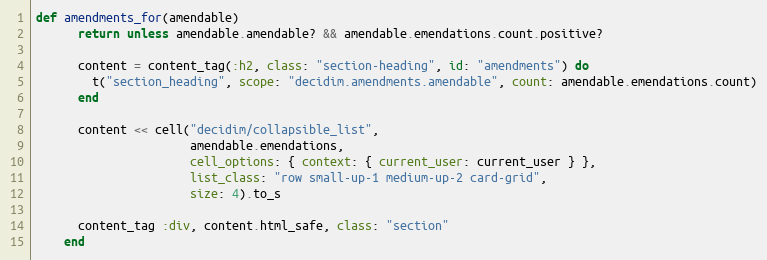
Language: Ruby
def amendments_for(amendable)
      return unless amendable.amendable? && amendable.emendations.count.positive?

      content = content_tag(:h2, class: "section-heading", id: "amendments") do
        t("section_heading", scope: "decidim.amendments.amendable", count: amendable.emendations.count)
      end

      content << cell("decidim/collapsible_list",
                      amendable.emendations,
                      cell_options: { context: { current_user: current_user } },
                      list_class: "row small-up-1 medium-up-2 card-grid",
                      size: 4).to_s

      content_tag :div, content.html_safe, class: "section"
    end